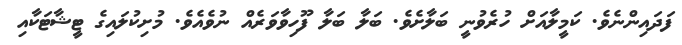
ފަދައިންނެވެ. ކަމީލާއަށް ހުރެވުނީ ބަލާށެވެ. ބަލާ ބަލާ ފޫހިވާވަރެއް ނުވެއެވެ. މުށިކުލައިގެ ޓީޝާޓަކާއި